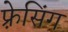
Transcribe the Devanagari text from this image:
फ़्रेसिंग